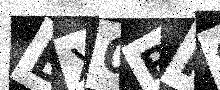
Text: BX0PF9